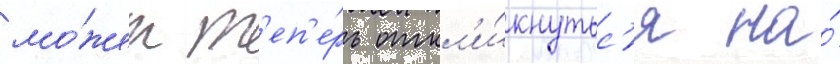
мо́жет т'еп'е́рь откл'и́кнутьс'я на́